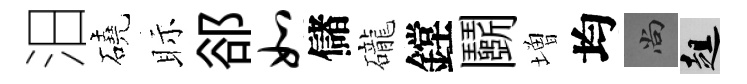
汨磽眎郤如儲礲鏜鬬増均尚趄